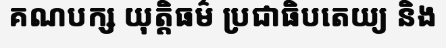
គណបក្ស យុត្តិធម៌ ប្រជាធិបតេយ្យ និង